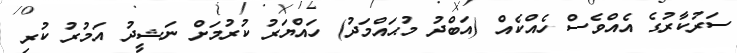
ސަރުކާރުގެ އެއްވެސް ހެއްކެއް (އަބްދު މުޙައްމަދު) ހައްޔަރު ކުރުމަށް ނަޝީދު އަމުރު ކުރި